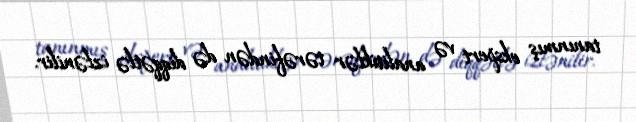
tanınmış ekspert və analitiklər tərəfindən də diqqətlə izlənilir.